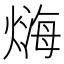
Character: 𤍃